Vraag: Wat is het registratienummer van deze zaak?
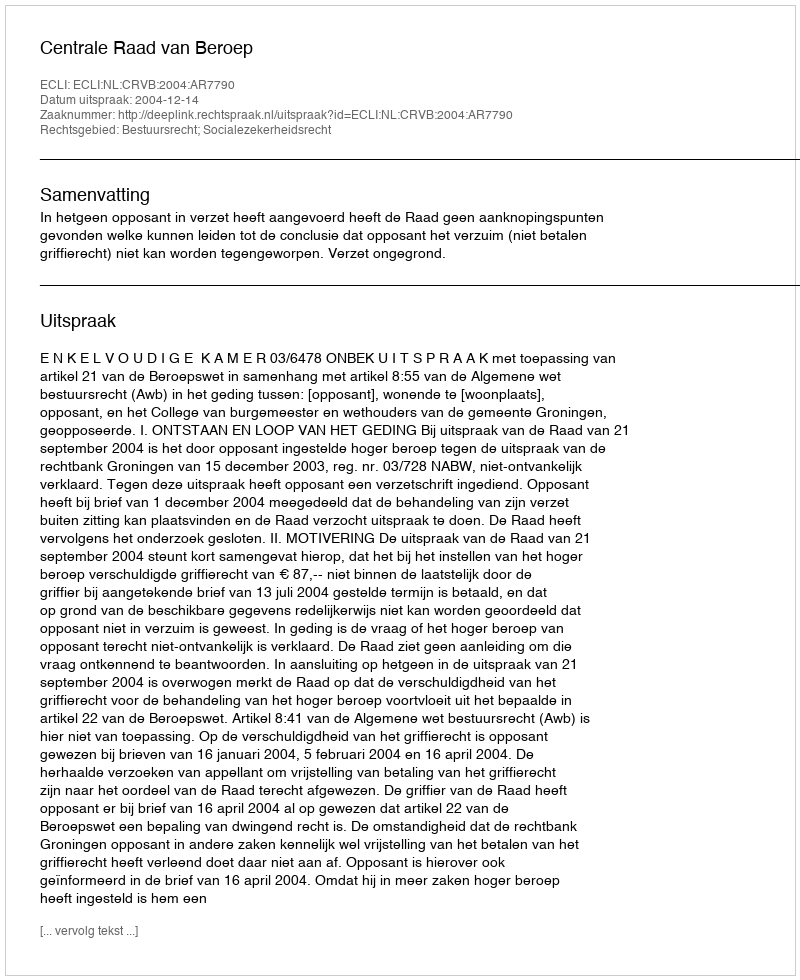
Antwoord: http://deeplink.rechtspraak.nl/uitspraak?id=ECLI:NL:CRVB:2004:AR7790